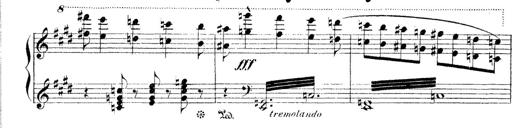
Title: Dem Andenken PetÃ¶fis
Composer: Franz Liszt